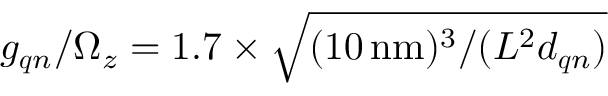
g _ { \boldsymbol { q } n } / \Omega _ { z } = 1 . 7 \times \sqrt { ( 1 0 \mathrm { \, n m } ) ^ { 3 } / ( L ^ { 2 } d _ { \boldsymbol { q } n } ) }